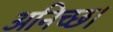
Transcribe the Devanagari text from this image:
अनिच्छ।